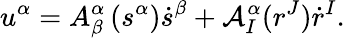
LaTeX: u^{\alpha}=A_{\beta}^{\alpha}\left(s^{\alpha}\right)\dot{s}^{\beta}+\mathcal{A}_{I}^{\alpha}(r^{J})\dot{r}^{I}.